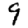
Digit: 9